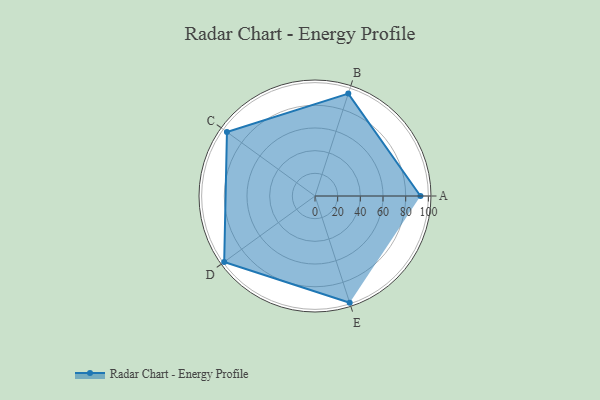
{"axis": {"x": "Skill", "y": "Score"}, "legend": ["Profile"], "data": [{"x": "A", "y": 93.0, "type": "Profile"}, {"x": "B", "y": 95.0, "type": "Profile"}, {"x": "C", "y": 96.0, "type": "Profile"}, {"x": "D", "y": 99.0, "type": "Profile"}, {"x": "E", "y": 99, "type": "Profile"}]}